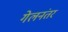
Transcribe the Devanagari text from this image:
गेलनंतर